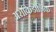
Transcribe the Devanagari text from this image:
अराकिडोनिक